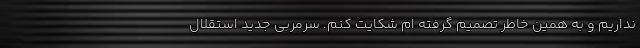
نداریم و به همین خاطر تصمیم گرفته ام شکایت کنم. سرمربی جدید استقلال